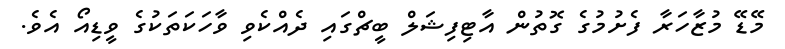
މޭޭޑޭ މުޒާހަރާ ފެށުމުގެ ގޮތުން އާޓިފިޝަލް ބީޗްގައި ދެއްކެވި ވާހަކަތަކުގެ ވީޑިއޯ އެވެ.